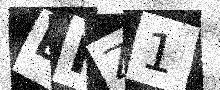
Text: EHZ1